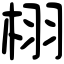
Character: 栩